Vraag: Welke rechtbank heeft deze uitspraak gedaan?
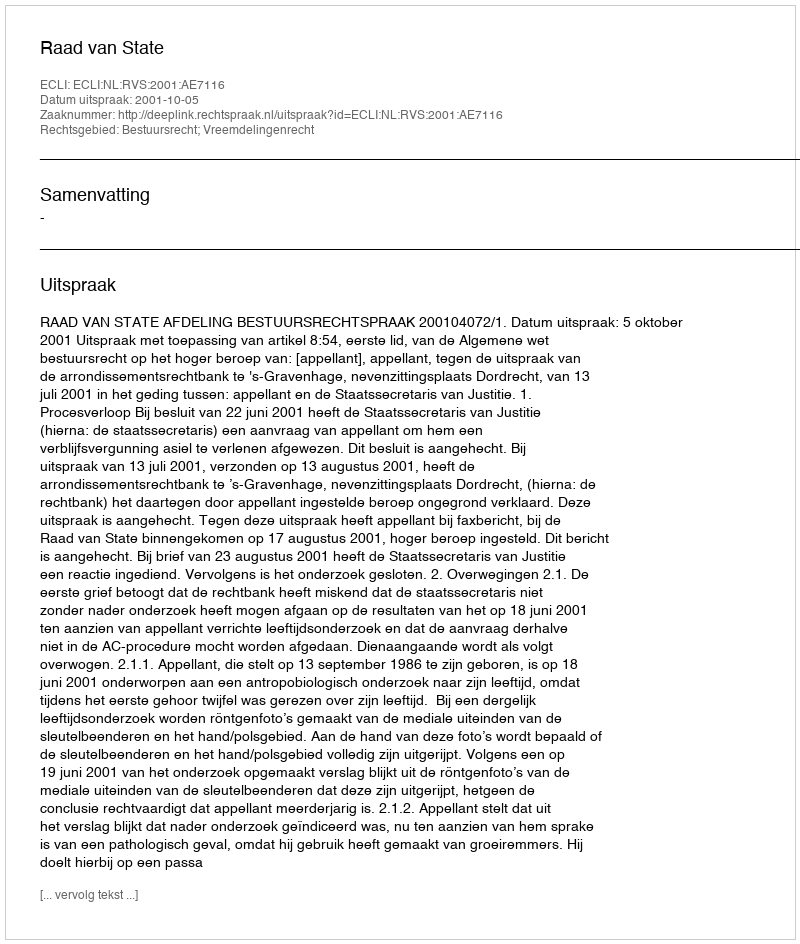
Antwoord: Raad van State